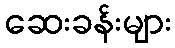
ဆေးခန်းများ